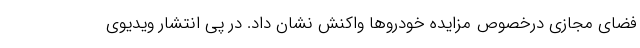
فضای مجازی درخصوص مزایده خودروها واکنش نشان داد. در پی انتشار ویدیوی